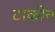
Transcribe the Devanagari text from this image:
टाकीन